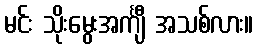
မင်း သိုးမွေးအင်္ကျီ အသစ်လား။